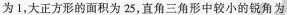
为1，大正方形的面积为25，直角三角形中较小的锐角为